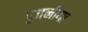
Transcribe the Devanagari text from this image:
पुजनीया